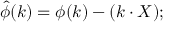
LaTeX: \hat { \phi } ( k ) = \phi ( k ) - ( k \cdot X ) ;